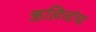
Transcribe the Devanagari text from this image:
ऋत्विजांचा